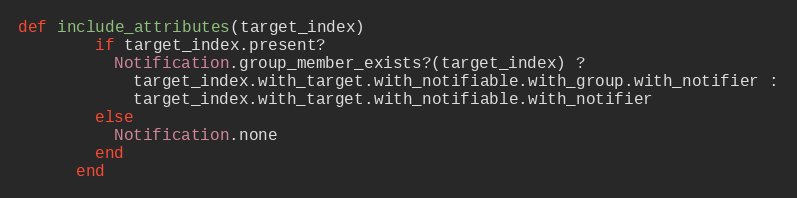
Language: Ruby
def include_attributes(target_index)
        if target_index.present?
          Notification.group_member_exists?(target_index) ?
            target_index.with_target.with_notifiable.with_group.with_notifier :
            target_index.with_target.with_notifiable.with_notifier
        else
          Notification.none
        end
      end